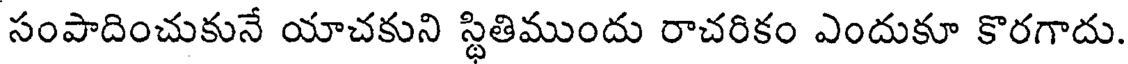
సంపాదించుకునే యాచకుని స్థితిముందు రాచరికం ఎందుకూ కొరగాదు